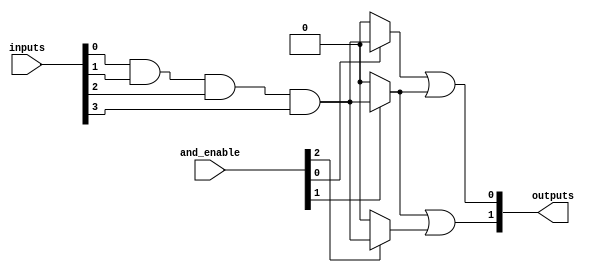
module PAL #(parameter n = 4, // Number of inputs
             parameter m = 2, // Number of outputs
             parameter p = 4  // Number of programmable AND gates
            ) (
    input  wire [n-1:0] inputs, // Input lines
    input  wire [p-1:0] and_enable, // Control signals for AND gates
    output wire [m-1:0] outputs // Output lines
);

// Internal wires for product terms from AND gates
wire [p-1:0] product_terms;

// Programmable AND array
genvar i, j;
generate
    for (i = 0; i < p; i = i + 1) begin : and_array
        wire [n-1:0] and_inputs;
        assign and_inputs = {inputs[n-1], inputs[n-2], inputs[n-3], inputs[n-4]}; // Direct inputs
        // Inverted inputs can be added as needed
        assign product_terms[i] = and_enable[i] ? (and_inputs[0] & and_inputs[1] & and_inputs[2] & and_inputs[3]) : 1'b0; // Example AND gate
    end
endgenerate

// Fixed OR array
generate
    for (j = 0; j < m; j = j + 1) begin : or_array
        assign outputs[j] = product_terms[j] | product_terms[j + 1]; // Example OR logic
    end
endgenerate

endmodule